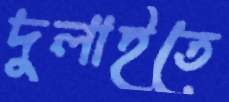
দুলাইতে